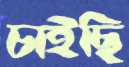
চাইছি